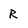
Character: R